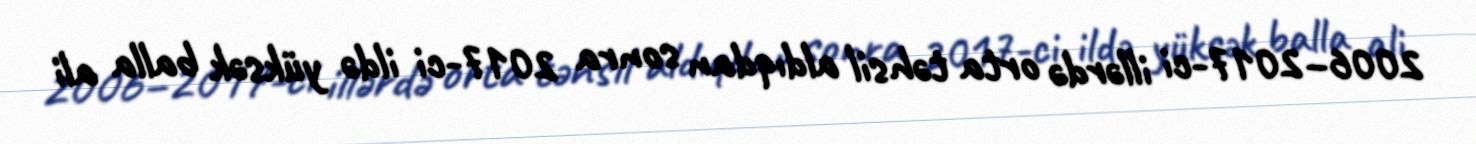
2006–2017-ci illərdə orta təhsil aldıqdan sonra 2017-ci ildə yüksək balla ali